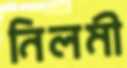
নিলমী